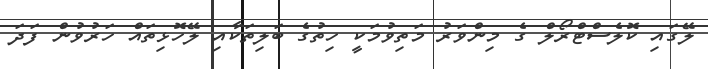
ލޭގައި ކޮލެސްޓްރޯލް ގެ މިންވަރު މަތިވުމަކީ ހިތުގެ ބަލިތަކާއި ލޭހޮޅިތައް ހަރުވުން ފަދަ